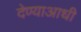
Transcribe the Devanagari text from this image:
देण्याआधी